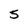
Character: 5